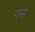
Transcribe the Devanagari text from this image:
गम्स